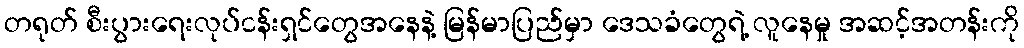
တရုတ် စီးပွားရေးလုပ်ငန်းရှင်တွေအနေနဲ့ မြန်မာပြည်မှာ ဒေသခံတွေရဲ့ လူနေမှု အဆင့်အတန်းကို